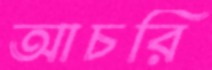
আচরি